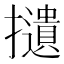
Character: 𢸦